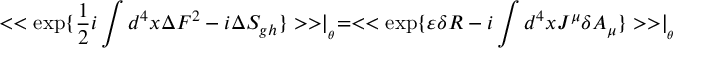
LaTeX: < < \exp \{ \frac { 1 } { 2 } i \int d ^ { 4 } x \Delta F ^ { 2 } - i \Delta S _ { g h } \} > > \mid _ { _ { \theta } } = < < \exp \{ \varepsilon \delta R - i \int d ^ { 4 } x J ^ { \mu } \delta A _ { \mu } \} > > \mid _ { _ { \theta } }